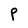
Character: P